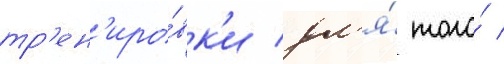
тр'ен'иро́вк'и дл'я́ того́ /